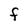
Character: F